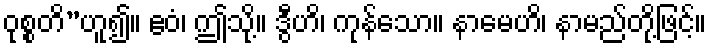
ဝုစ္စတိ”ဟူ၍။ ဧဝံ၊ ဤသို့။ ဒွီဟိ၊ ကုန်သော။ နာမေဟိ၊ နာမည်တို့ဖြင့်။